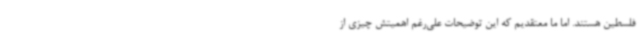
فلسطین هستند. اما ما معتقدیم که این توضیحات علی‌رغم اهمیتش چیزی از